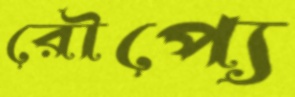
রৌপ্যে